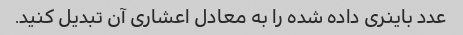
عدد باینری داده شده را به معادل اعشاری آن تبدیل کنید.